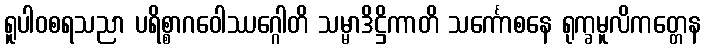
ရူပါဝစရသညာ ပရိစ္စာဂဝေါဿဂ္ဂေါတိ သမ္မာဒိဋ္ဌိကာတိ သင်္ကောစနေ ရုက္ခမူလိကတ္တေန